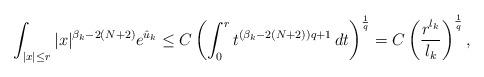
LaTeX: \begin{align*}\int_{\vert x \vert\leq r} \vert x \vert^{\beta_k-2(N+2)} e^{\hat{u}_k}\leq C \left( \int_0^{r} t^{(\beta_k-2(N+2))q+1} \, dt \right)^{\frac1q} = C \left( \frac{r^{l_k}}{l_k} \right)^{\frac1q} , \end{align*}